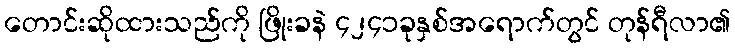
တောင်းဆိုထားသည်ကို ဖြိုးခနဲ ၄၂၄၁ခုနှစ်အရောက်တွင် တုန်ရီလာ၏